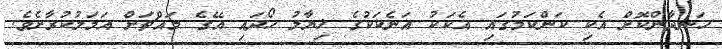
ހަނދާންކޮށް އެކި ކަންކަމުގައި އެކަކު އަނެކަކުގެ ޚިޔާލު ހޯދައި އޭގެ މައްޗަށް އަމަލުކުރާށެވެ.